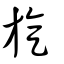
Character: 旋